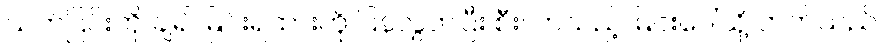
သက်ပြင်းကို ချ၍ မြင်းရထားကို ပြန်လွှတ်ပြီး စီးလာသည့် မြင်းပေါ်သို့ တက်သည်။